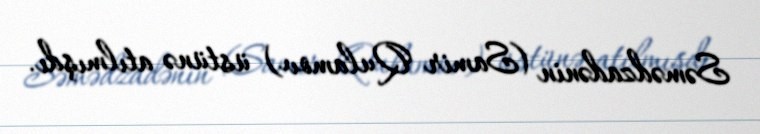
Səmədzadənin (Samir Qulamov) üstünə atılmışdı.